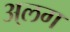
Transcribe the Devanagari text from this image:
अ्लग